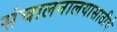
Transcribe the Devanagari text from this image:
संचालनालयासाठीचे